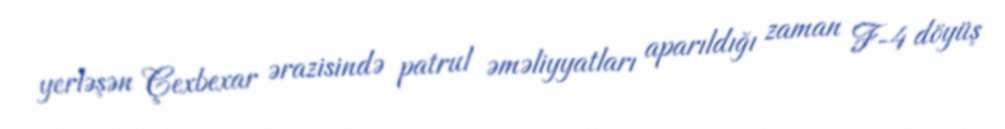
yerləşən Çexbexar ərazisində patrul əməliyyatları aparıldığı zaman F-4 döyüş